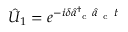
\hat { U } _ { 1 } = e ^ { - i \delta \hat { a } _ { \mathrm { ~ c ~ } } ^ { \dag } \hat { a } _ { \mathrm { ~ c ~ } } t }